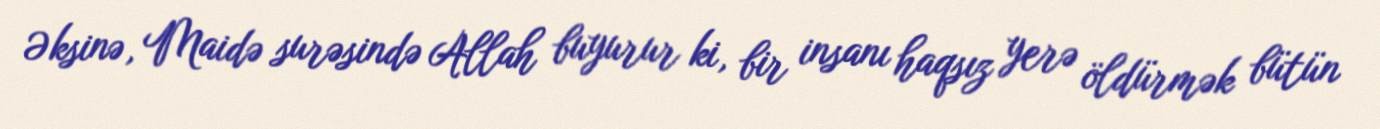
Əksinə, Maidə surəsində Allah buyurur ki, bir insanı haqsız yerə öldürmək bütün